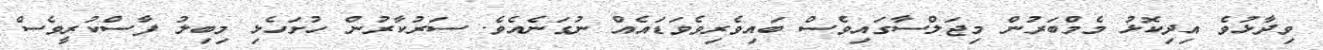
ވިދާޅުވެ އިދިކޮޅު މެމްބަރުން މިޖަލްސާގައިވެސް ބައިވެރިވެވަޑައެއް ނުގަނެއެވެ. ސަރުކާރުން ހުށަހެޅި މިބިލު ފާސްކުރީވެސް